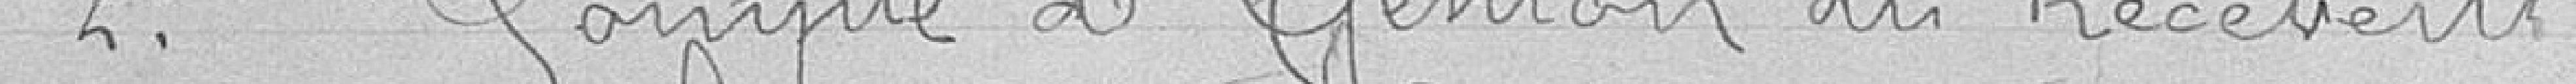
2° Compte de gestion du Receveur